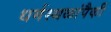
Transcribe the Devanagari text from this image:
धर्मस्थळांपैकी